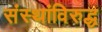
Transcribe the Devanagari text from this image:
संस्थांविरुद्ध